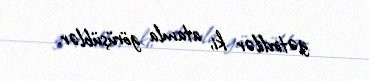
gətirdilər ki, atamla görüşüblər.